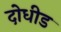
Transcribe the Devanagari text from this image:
दोधीड